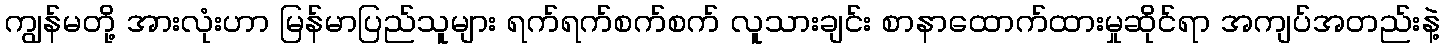
ကျွန်မတို့ အားလုံးဟာ မြန်မာပြည်သူများ ရက်ရက်စက်စက် လူသားချင်း စာနာထောက်ထားမှုဆိုင်ရာ အကျပ်အတည်းနဲ့